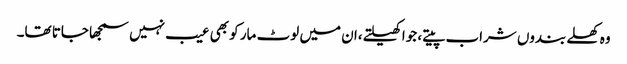
وہ کھلے بندوں شراب پیتے، جوا کھیلتے،ان میں لوٹ مار کو بھی عیب نہیں سمجھا جاتا تھا۔